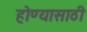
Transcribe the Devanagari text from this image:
होण्‍यासाठी